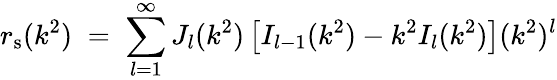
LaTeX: r_{\mathrm{s}}(k^{2})\; =\; \sum_{l=1}^{\infty}J_{l}(k^{2})\left[I_{l-1}(k^{2})-k^{2}I_{l}(k^{2})\right](k^{2})^{l}